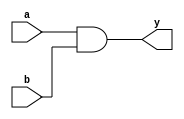
module simple_continuous_assignment (
    input wire a,      // First input signal
    input wire b,      // Second input signal
    output wire y      // Output signal
);

// Continuous assignment of y as the logical AND of a and b
assign y = a & b;

endmodule